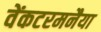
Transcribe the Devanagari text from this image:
वेंकटरमनैया